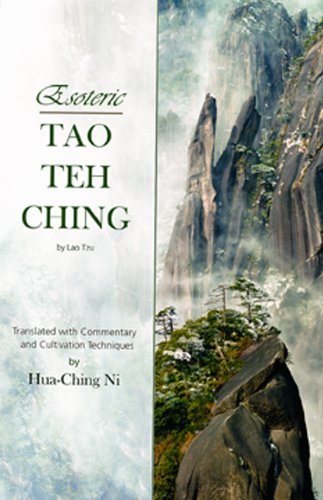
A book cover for Esoteric Tao Teh Ching; Lao Tzu; Religion & Spirituality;